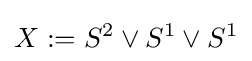
X:=S^{2}\vee S^{1}\vee S^{1}